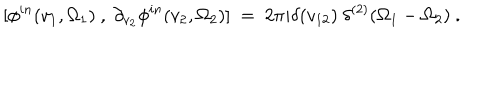
LaTeX: [ \phi ^ { i n } ( v _ { 1 } , \Omega _ { 1 } ) ~ , ~ \partial _ { v _ { 2 } } \phi ^ { i n } ( v _ { 2 } , \Omega _ { 2 } ) ] ~ = ~ 2 \pi i \delta ( v _ { 1 2 } ) ~ \delta ^ { ( 2 ) } ( \Omega _ { 1 } - \Omega _ { 2 } ) ~ .